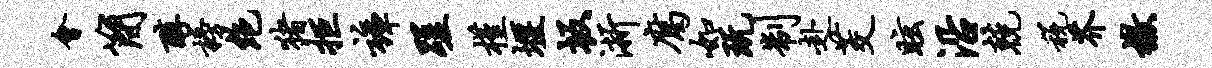
会简醇榜绝猪拒裤蹉槿堰坂浙腐如玩制赴茭眩沿兢税芥檄